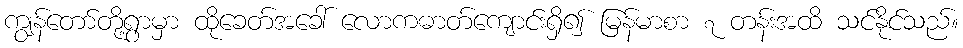
ကျွန်တော်တို့ရွာမှာ ထိုခေတ်အခေါ် လောကဓာတ်ကျောင်းရှိ၍ မြန်မာစာ ၇ တန်းအထိ သင်နိုင်သည်။